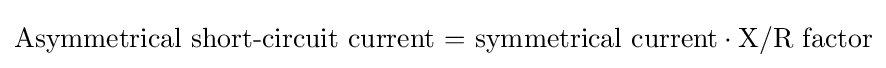
{\text{Asymmetrical short-circuit current = symmetrical current}}\cdot {\text{X/R factor}}